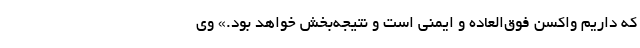
که داریم واکسن فوق‌العاده و ایمنی است و نتیجه‌بخش خواهد بود.» وی